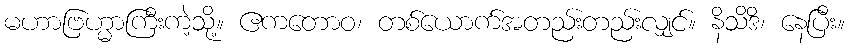
မဟာဗြဟ္မာကြီးကဲ့သို့။ ဧကတောဝ၊ တစ်ယောက်အတည်းတည်းလျှင်။ နိသိဒိ၊ နေပြီး။